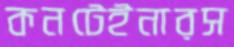
কনটেইনারস